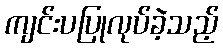
ကျင်းပပြုလုပ်ခဲ့သည့်